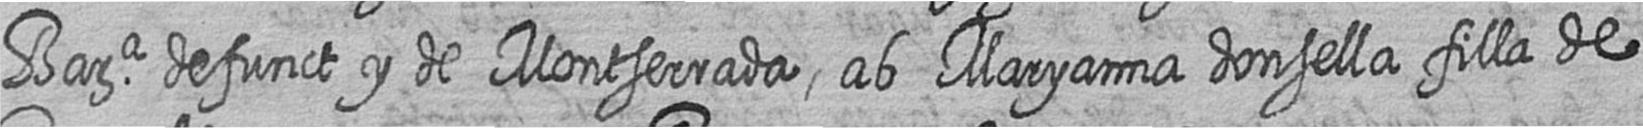
Bara defunct y de Montserrada ab Maryanna donsella filla de